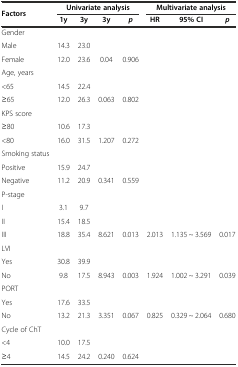
<table><thead><tr><td rowspan="2"><b>Factors</b></td><td colspan="4"><b>Univariate analysis</b></td><td colspan="3"><b>Multivariate analysis</b></td></tr><tr><td><b>1y</b></td><td><b>3y</b></td><td><b>3y</b></td><td><b><i>p</i></b></td><td><b>HR</b></td><td><b>95% CI</b></td><td><b><i>p</i></b></td></tr></thead><tbody><tr><td>Gender</td><td></td><td></td><td></td><td></td><td></td><td></td><td></td></tr><tr><td>Male</td><td>14.3</td><td>23.0</td><td></td><td></td><td></td><td></td><td></td></tr><tr><td>Female</td><td>12.0</td><td>23.6</td><td>0.04</td><td>0.906</td><td></td><td></td><td></td></tr><tr><td>Age, years</td><td></td><td></td><td></td><td></td><td></td><td></td><td></td></tr><tr><td>&lt;65</td><td>14.5</td><td>22.4</td><td></td><td></td><td></td><td></td><td></td></tr><tr><td>≥65</td><td>12.0</td><td>26.3</td><td>0.063</td><td>0.802</td><td></td><td></td><td></td></tr><tr><td>KPS score</td><td></td><td></td><td></td><td></td><td></td><td></td><td></td></tr><tr><td>≥80</td><td>10.6</td><td>17.3</td><td></td><td></td><td></td><td></td><td></td></tr><tr><td>&lt;80</td><td>16.0</td><td>31.5</td><td>1.207</td><td>0.272</td><td></td><td></td><td></td></tr><tr><td>Smoking status</td><td></td><td></td><td></td><td></td><td></td><td></td><td></td></tr><tr><td>Positive</td><td>15.9</td><td>24.7</td><td></td><td></td><td></td><td></td><td></td></tr><tr><td>Negative</td><td>11.2</td><td>20.9</td><td>0.341</td><td>0.559</td><td></td><td></td><td></td></tr><tr><td>P-stage</td><td></td><td></td><td></td><td></td><td></td><td></td><td></td></tr><tr><td>I</td><td>3.1</td><td>9.7</td><td></td><td></td><td></td><td></td><td></td></tr><tr><td>II</td><td>15.4</td><td>18.5</td><td></td><td></td><td></td><td></td><td></td></tr><tr><td>III</td><td>18.8</td><td>35.4</td><td>8.621</td><td>0.013</td><td>2.013</td><td>1.135 ~ 3.569</td><td>0.017</td></tr><tr><td>LVI</td><td></td><td></td><td></td><td></td><td></td><td></td><td></td></tr><tr><td>Yes</td><td>30.8</td><td>39.9</td><td></td><td></td><td></td><td></td><td></td></tr><tr><td>No</td><td>9.8</td><td>17.5</td><td>8.943</td><td>0.003</td><td>1.924</td><td>1.002 ~ 3.291</td><td>0.039</td></tr><tr><td>PORT</td><td></td><td></td><td></td><td></td><td></td><td></td><td></td></tr><tr><td>Yes</td><td>17.6</td><td>33.5</td><td></td><td></td><td></td><td></td><td></td></tr><tr><td>No</td><td>13.2</td><td>21.3</td><td>3.351</td><td>0.067</td><td>0.825</td><td>0.329 ~ 2.064</td><td>0.680</td></tr><tr><td>Cycle of ChT</td><td></td><td></td><td></td><td></td><td></td><td></td><td></td></tr><tr><td>&lt;4</td><td>10.0</td><td>17.5</td><td></td><td></td><td></td><td></td><td></td></tr><tr><td>≥4</td><td>14.5</td><td>24.2</td><td>0.240</td><td>0.624</td><td></td><td></td><td></td></tr></tbody></table>